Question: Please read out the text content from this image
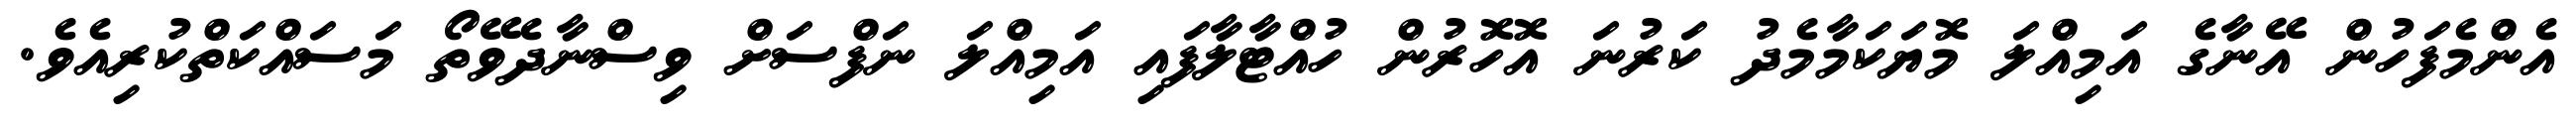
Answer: އެންމެފަހުން އޭނާގެ އަމިއްލަ މޮޔަކަމާމެދު ކަރުނަ އޮހޮރުން ހުއްޓާލާފައި އަމިއްލަ ނަފްސަށް ވިސްނާދެވޭތޯ މަސައްކަތްކުރިއެވެ.